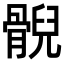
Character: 𩩢